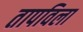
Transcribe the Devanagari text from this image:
तापविला